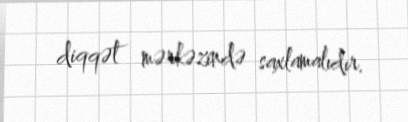
diqqət mərkəzində saxlamalıdır.